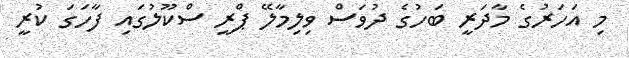
މި އަހަރުގެ މާދަރީ ބަހުގެ ދުވަސް ވިލިމާލޭ ޕްރީ ސްކޫލުގައި ފާހަގަ ކުރީ